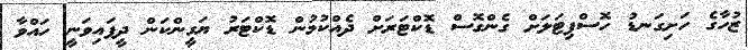
ޒުހާގެ ހަށިގަނޑު ހޮސްޕިޓަލަށް ގެންގޮސް ޑޮކްޓަރަށް ދެއްކުމުން ޑޮކްޓަރު ޔަގީންކަން ދީފައިވަނީ ހައްވާ